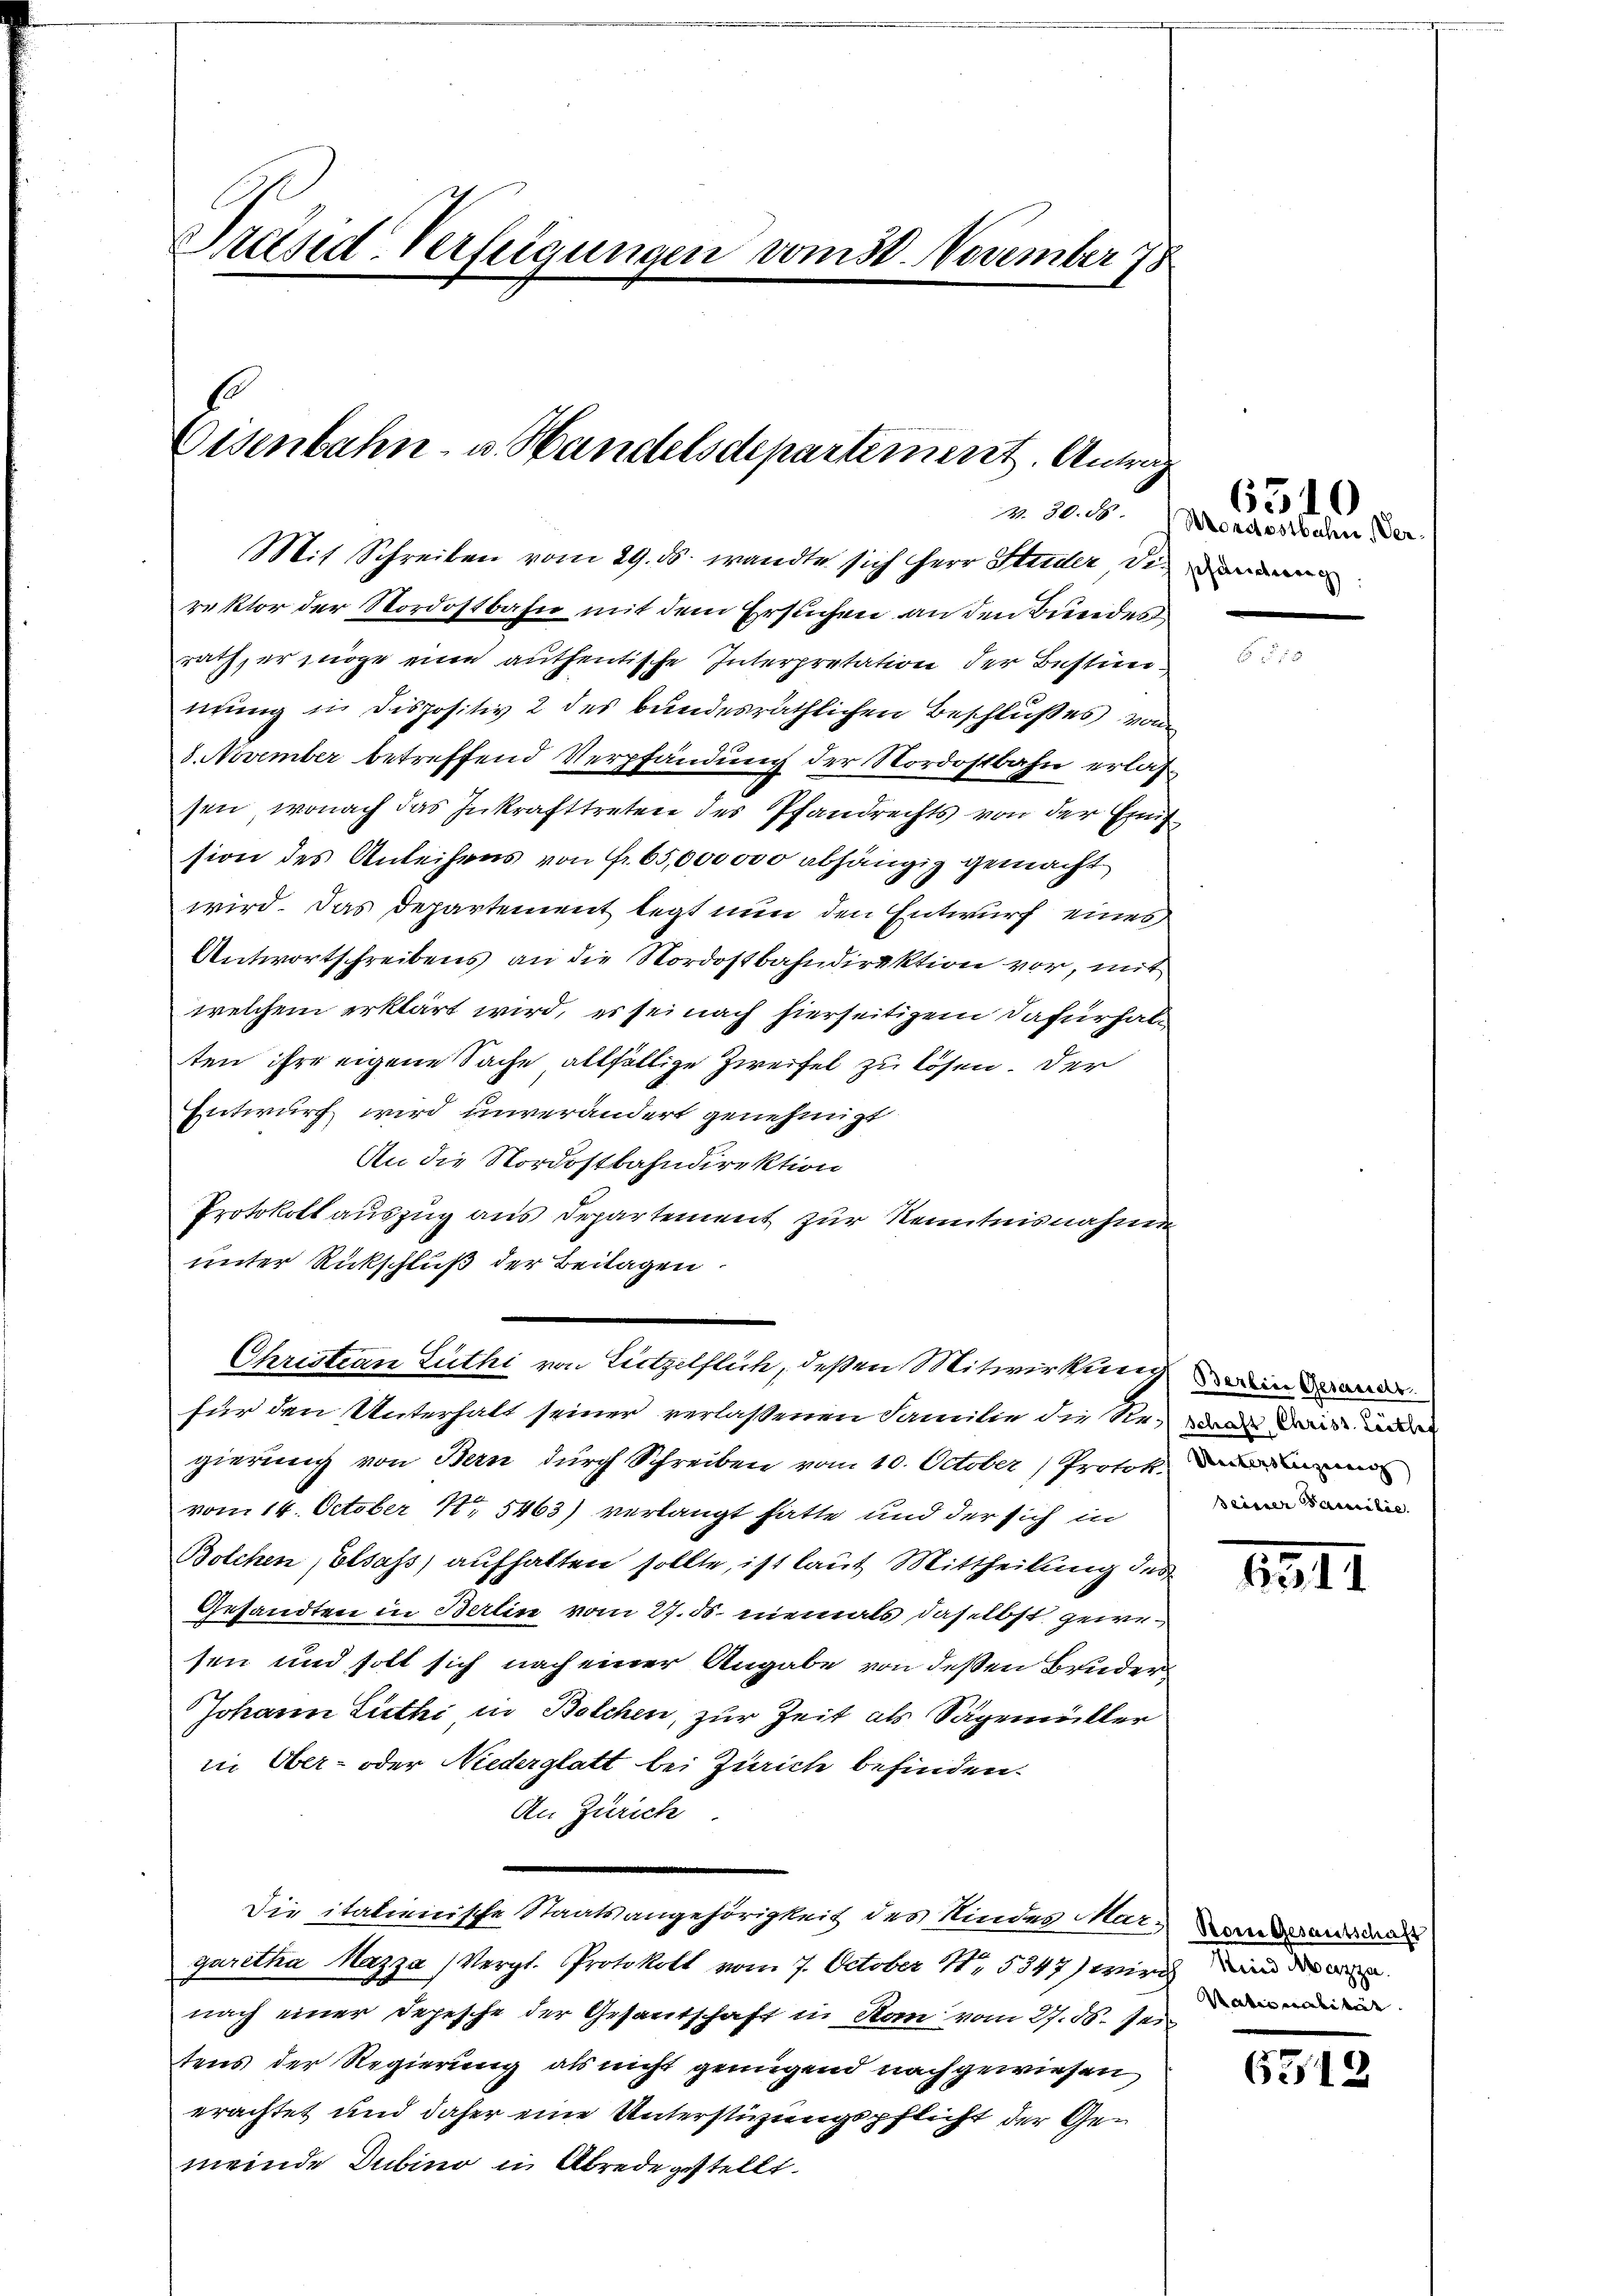
Präsid-Verfügungen vom 30. November 78

Eisenbahn- u. Handelsdeparteinert. Antrag

Mit Schreiben vom 29. ds. wandte sich herr Studer, die an
rektor der Nordostbahn mit dem Ersuchen an den Bundes
rath, er möge eine authentische Interpretation der Bestimmung in dispositiv 2 des bundesräthlichen Beschlußes vom
8. November betreffend Verpfändung der Nordostbahn erlassen, wonach das Inkrafttreten des Pfandrechts von der Emifsion des Anleihens von Fr. 65,000000 abhängig gemacht
wird. Das Departement legt nun den Entwurf eines
Antwortschreibens an die Nordostbahndirektion vor, mit
welchem erklärt wird, es sei nach hierseitigem Dafürhalten ihre eigene Sache allfällige Zweifel zu lösen. Der
Entwurf wird unverändert genehmigt.
An die Nordostbahndirektion
Protokoll auszug aus Departement zur Kenntnisnahme
unter Rückschluß der Beilagen.
für den Unterhalt seiner verlaßenen Familie die Rede dise wir
gierung von Bern durch Schreiben vom 10. October, Protok
vom 14. October Nr. 5463) verlangt hatte und der sich in wede
Bolchen, Elsass, aufhalten sollte, ist laut Mittheilung des
Gesandten in Berlin vom 27. ds. niemals daselbst gewesen und soll sich nach einer Angabe von dessen Bruder
Johann Liethi in Bolchen, zur Zeit als Sägemüller
in Ober- oder Niederglatt bei Zürich befinden.
An Zürich
Die italienische Staatsangehörigkeit des Kindes Mar-Verursand
garetha Mazza (Vergl. Protokoll vom 7. October 185347) wird und
nach einer Depesche der Gesantschaft in Rom vom 27. ds. sei
tens der Regierung als nicht genügend nachgewiesen
erachtet und daher eine Unterstüzungspflicht der Gemeinde Dubino in Abrede gestellt.

Z. 20. d

Christian Luthi von Listzelflich, deßen Mitwirkung in d

Mordostbahn Ver¬

6510

111.

Pateneralität

6312.